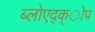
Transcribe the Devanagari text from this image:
ब्लोएद्क्ोप